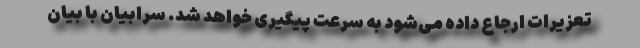
تعزیرات ارجاع داده می‌شود به سرعت پیگیری خواهد شد. سرابیان با بیان